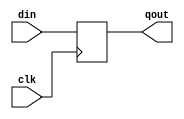
module dff(clk, din, qout);
input clk, din;
output qout;
reg qout;

always @(posedge clk) begin
	qout <= din;
end
endmodule